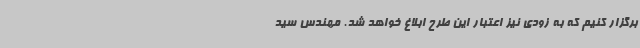
برگزار کنیم که به زودی نیز اعتبار این طرح ابلاغ خواهد شد. مهندس سید